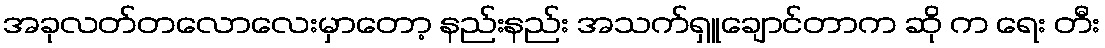
အခုလတ်တလောလေးမှာတော့ နည်းနည်း အသက်ရှူချောင်တာက ဆို က ရေး တီး